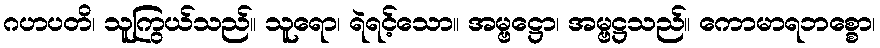
ဂဟပတိ၊ သူကြွယ်သည်။ သူရော၊ ရဲရင့်သော။ အမ္ဗဋ္ဌော၊ အမ္ဗဋ္ဌသည်။ ကောမာရဘစ္စော၊